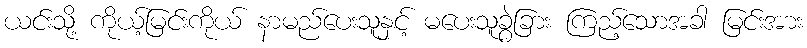
ယင်းသို့ ကိုယ့်မြင်းကိုယ် နာမည်ပေးသူနှင့် မပေးသူခွဲခြား ကြည့်သောအခါ မြင်းအား